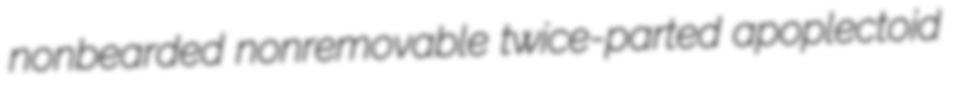
nonbearded nonremovable twice-parted apoplectoid